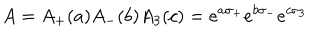
A = A _ { + } ( a ) A _ { - } ( b ) A _ { 3 } ( c ) = e ^ { a \sigma _ { + } } e ^ { b \sigma _ { - } } e ^ { c \sigma _ { 3 } }